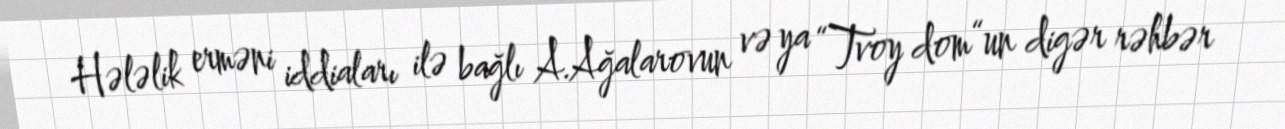
Hələlik erməni iddiaları ilə bağlı A.Ağalarovun və ya “Tvoy dom“un digər rəhbər